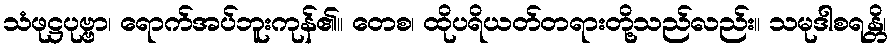
သံဖုဋ္ဌပုဗ္ဗာ၊ ရောက်အပ်ဘူးကုန်၏။ တေစ၊ ထိုပရိယတ်တရားတို့သည်လည်း။ သမုဒါစရန္တိ၊